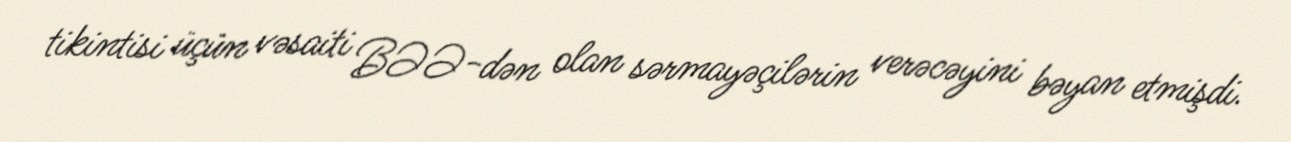
tikintisi üçün vəsaiti BƏƏ-dən olan sərmayəçilərin verəcəyini bəyan etmişdi.